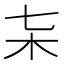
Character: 𣎽